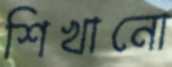
শিখানো